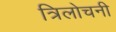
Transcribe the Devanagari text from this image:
त्रिलोचनी